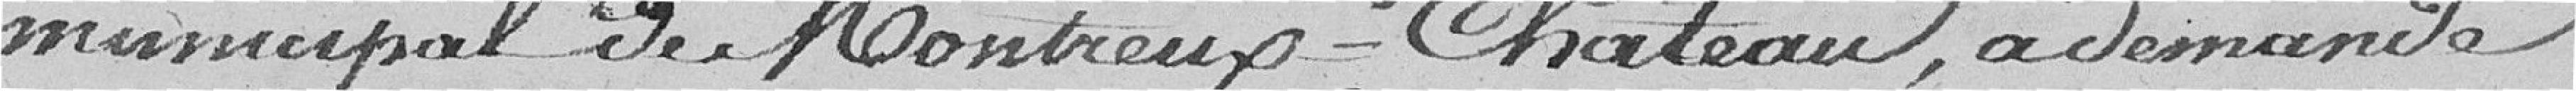
municipal de Montreux-Château, a demandé